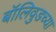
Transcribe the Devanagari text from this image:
बॉलिवुडच्या